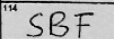
Transcription: SBF